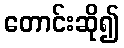
တောင်းဆို၍